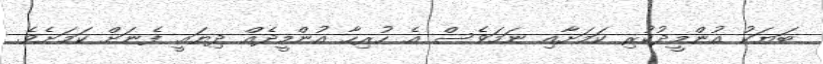
ބަޔަކު އުންމީދުކުރި ކަމަށާއި ނަމަވެސް އެ ހުރިހާ އުންމީދެއް ދިޔައީ ފެނަށް ކަމަށެވެ.